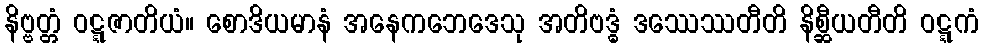
နိဗ္ဗတ္တံ ဝဋ္ဋဇာတိယံ။ စောဒိယမာနံ အနေကဘေဒေသု အတိဗဒ္ဓံ ဒဿေဿတီတိ နိစ္ဆီယတီတိ ဝဋ္ဋကံ